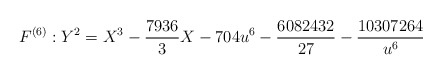
\begin{align*} F^{(6)} : Y^2= X^3 - \frac{7936}{3}X - 704 u^6 -\frac{6082432}{27} - \frac{10307264}{u^6}\end{align*}